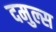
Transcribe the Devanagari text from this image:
दमुल्स